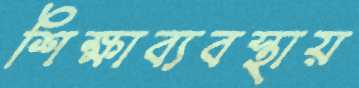
শিক্ষাব্যবস্থায়